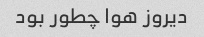
دیروز هوا چطور بود